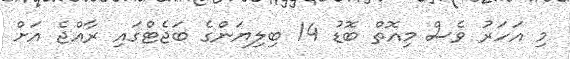
މި އަހަރު ވެސް މިއޮތް ބޮޑު 14 ބިލިޔަންގެ ބަޖެޓްގައި ރާއްޖެ އަށް